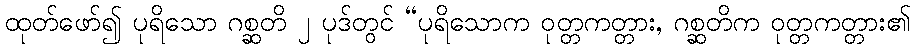
ထုတ်ဖော်၍ ပုရိသော ဂစ္ဆတိ ၂ ပုဒ်တွင် “ပုရိသောက ဝုတ္တကတ္တား, ဂစ္ဆတိက ဝုတ္တကတ္တား၏